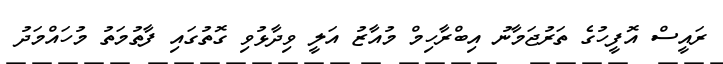
ރައީސް އޮފީހުގެ ތަރުޖަމާނު އިބްރާހިމް މުއާޒު އަލީ ވިދާޅުވި ގޮތުގައި ފާތުމަތު މުހައްމަދު